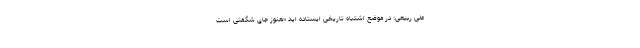
علی ربیعی:‌ در موضع اشتباه تاریخی ایستاده‌ اید «هنوز جای شگفتی است